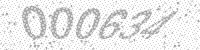
Solution: 000634